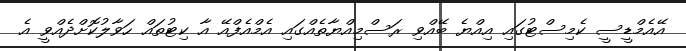
އޭއެމްޑީސީ ކެމިސްޓުގައި އިއްޔެ ބޭއްވި ރަސްމިއްޔާތެއްގައި އެމްއެފްއޭ އާ ކިޓުތައް ހަވާލުކޮށްދެއްވީ އެ